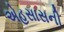
એહસાસની